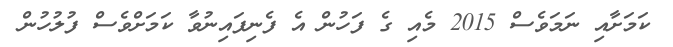
ކަމަށާއި ނަމަވެސް 2015 މެއި ގެ ފަހުން އެ ފެނިފައިނުވާ ކަމަށްވެސް ފުލުހުން